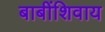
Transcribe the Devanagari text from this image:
बाबींशिवाय